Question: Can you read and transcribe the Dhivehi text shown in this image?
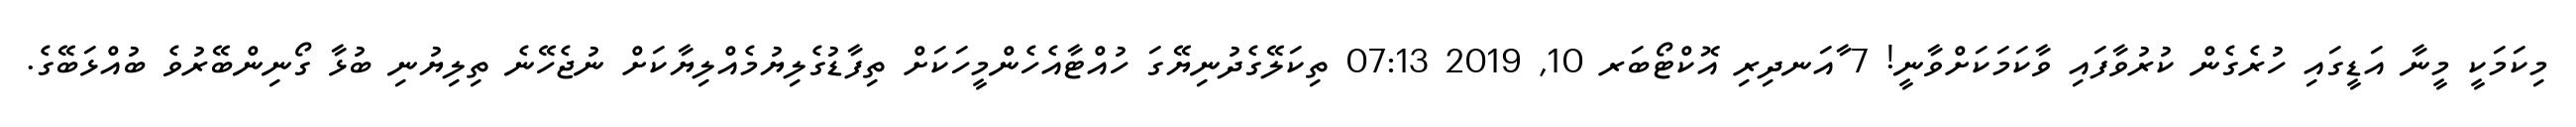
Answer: މިކަމަކީ މީނާ އަޑީގައި ހުރެގެން ކުރުވާފައި ވާކަމަކަށްވާނީ! 7 ާއަނދިރި އޮކްޓޯބަރ 10, 2019 07:13 ތިކަލޭގެދުނިޔޭގަ ހުއްޓާއެހެންމީހަކަށް ތިފާޑުގެލިޔުމެއްލިޔާކަށް ނުޖެހޭނެ ތިލިޔުނި ބުޅާ ގޯނިންބޭރުވެ ބުއްޅަބޭގެ.